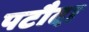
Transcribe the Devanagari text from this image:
पटौदा